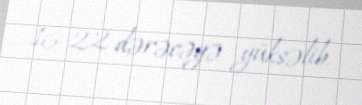
16-22 dərəcəyə yüksəlib.